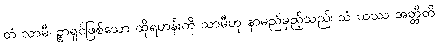
တံ သာမီ-ဉ္စာရှင်ဖြစ်သော ထိုရဟန်းကို သာမီဟု နာမည်မှည့်သည်၊ သံ ယဿ အတ္ထီတိ